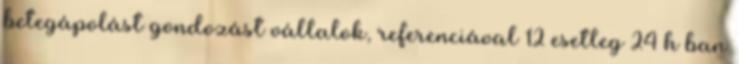
betegápolást gondozást vállalok, referenciával 12 esetleg 24 h ban